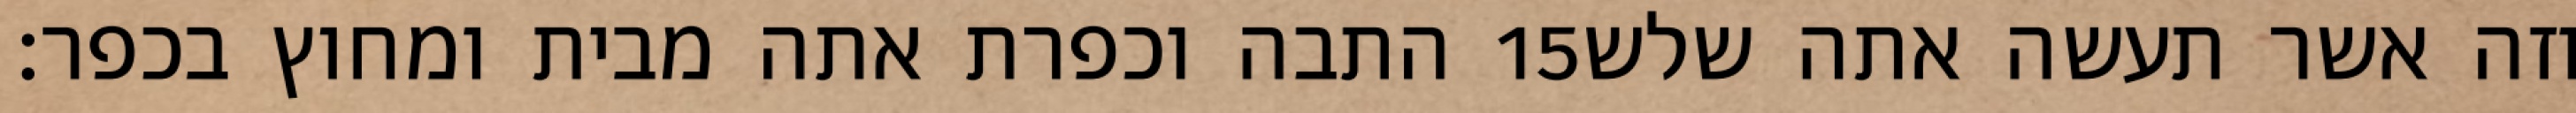
התבה וכפרת אתה מבית ומחוץ בכפר׃ ‎15‏ וזה אשר תעשה אתה שלש